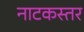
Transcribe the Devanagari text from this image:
नाटकस्तर